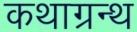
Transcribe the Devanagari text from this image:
कथाग्रन्थ